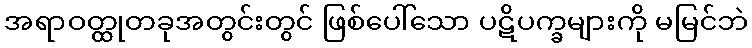
အရာဝတ္ထုတခုအတွင်းတွင် ဖြစ်ပေါ်သော ပဋိပက္ခများကို မမြင်ဘဲ